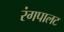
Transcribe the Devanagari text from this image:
रंगपालट